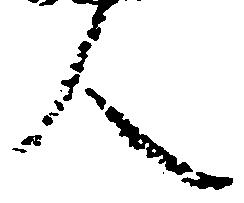
人